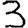
Digit: 3